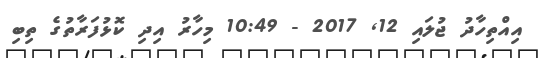
އިއްތިހާދު ޖުލައި 12